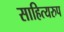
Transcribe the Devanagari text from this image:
साहित्यरुप